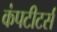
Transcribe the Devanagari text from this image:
कंपटीटर्स